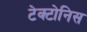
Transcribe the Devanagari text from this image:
टेक्टोनिस